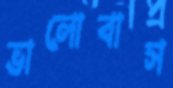
ভালোবাস